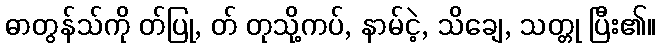
ဓာတွန်သ်ကို တ်ပြု, တ် တုသို့ကပ်, နာမ်ငဲ့, သိချေ, သတ္တု ပြီး၏။